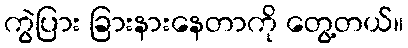
ကွဲပြား ခြားနားနေတာကို တွေ့တယ်။